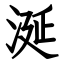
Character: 涎